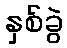
နှစ်ခွဲ